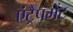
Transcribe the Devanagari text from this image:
एंट्रैपमेंट